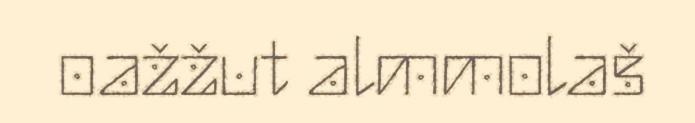
oažžut almmolaš